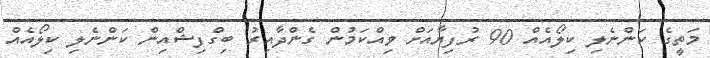
މަތީގެ ކަންނެލި ކިލޯއެއް 90 ރުފިޔާއަށް ވިއްކަމުުން ގެންދާއިރު ބިގްފިޝްއިން ކަންނެލި ކިލޯއެއް